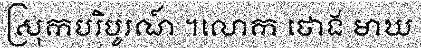
ស្រុកបរិបូរណ៍ ។លោក ថោង មាឃ